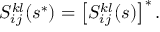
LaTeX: S _ { i j } ^ { k l } ( s ^ { * } ) = \left[ S _ { i j } ^ { k l } ( s ) \right] ^ { * } .